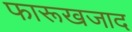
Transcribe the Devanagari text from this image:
फारूखजाद